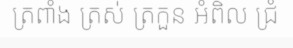
ត្រពាំង ត្រស់ ត្រកួន អំពិល ជ្រំ